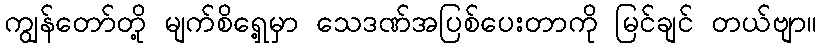
ကျွန်တော်တို့ မျက်စိရှေ့မှာ သေဒဏ်အပြစ်ပေးတာကို မြင်ချင် တယ်ဗျာ။